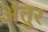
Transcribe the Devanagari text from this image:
अंतुर